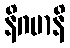
နိဂမာနိ